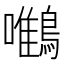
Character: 𪄼